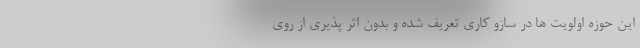
این حوزه اولویت ها در سازو کاری تعریف شده و بدون اثر پذیری از روی